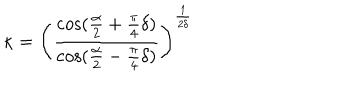
\kappa = \left( \frac { \cos ( \frac { \alpha } { 2 } + \frac { \pi } { 4 } \delta ) } { \cos ( \frac { \alpha } { 2 } - \frac { \pi } { 4 } \delta ) } \right) ^ { \frac { 1 } { 2 \delta } }